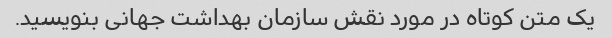
یک متن کوتاه در مورد نقش سازمان بهداشت جهانی بنویسید.